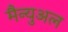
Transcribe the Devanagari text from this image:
मैन्‍युअल